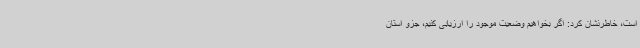
است، خاطرنشان کرد: اگر بخواهیم وضعیت موجود را ارزیابی کنیم، جزو استان